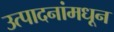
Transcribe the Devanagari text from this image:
उत्पादनांमधून